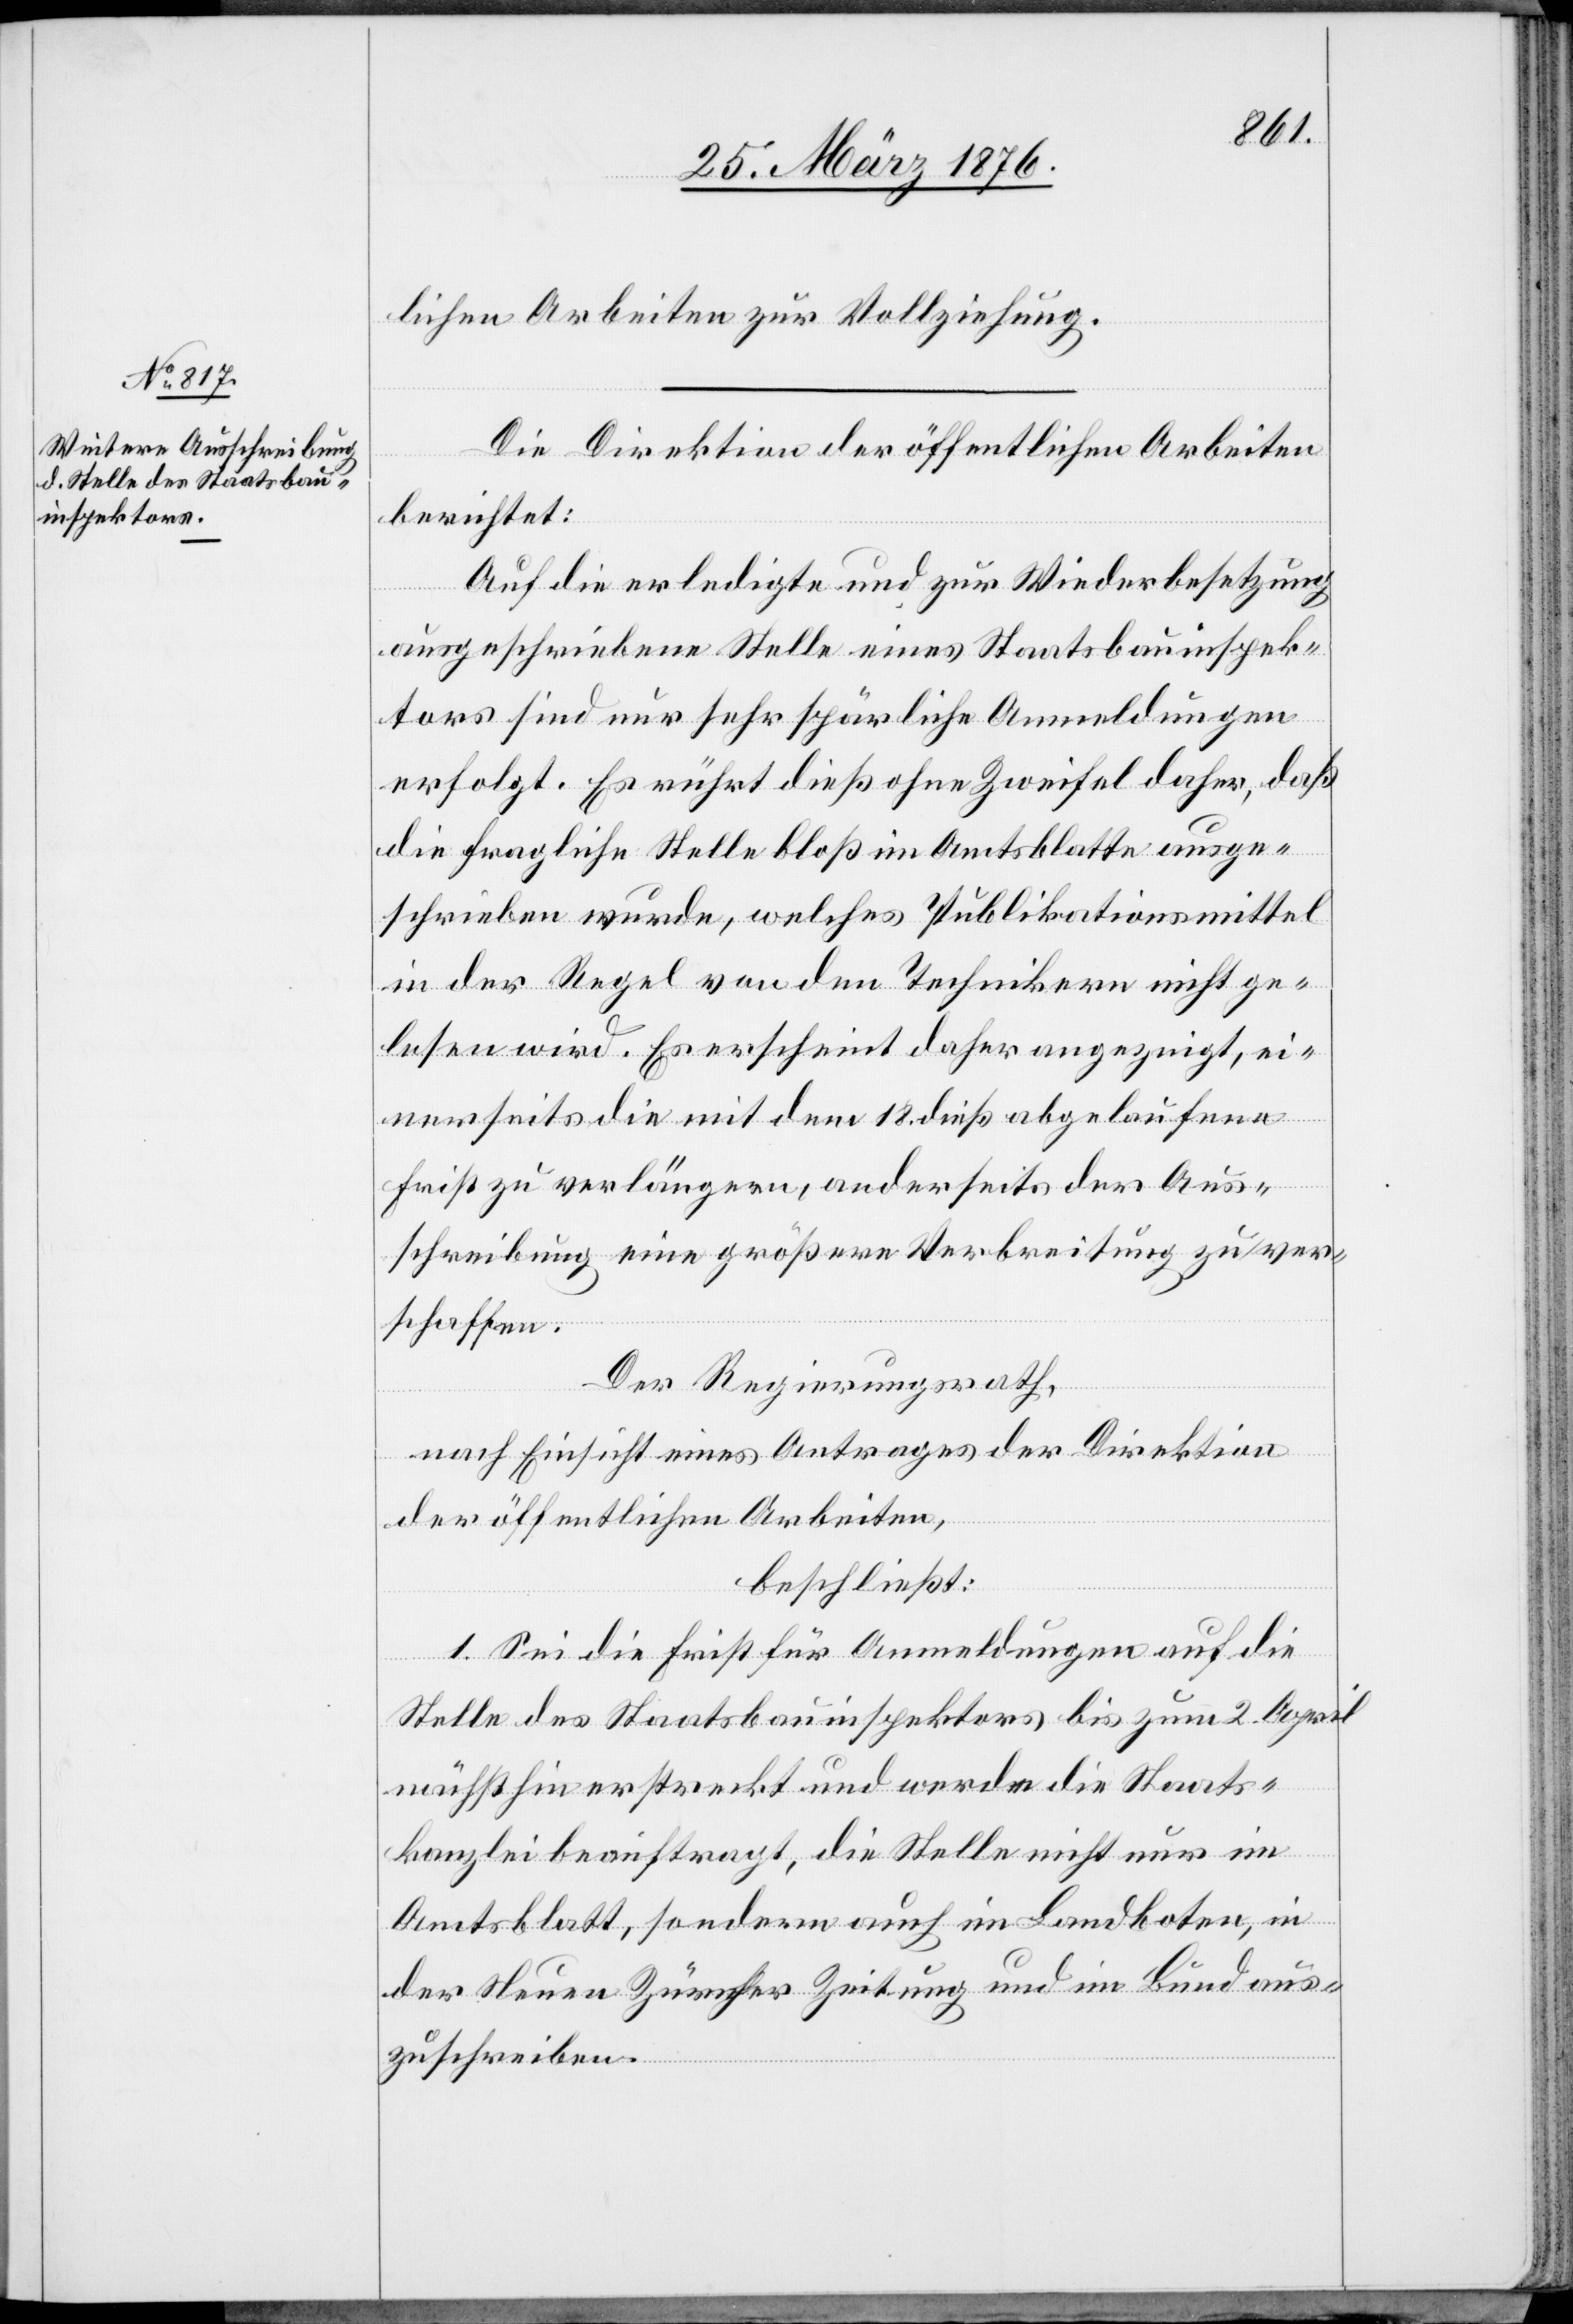
lichen Arbeiten zur Vollziehung.
Die Direktion der öffentlichen Arbeiten
berichtet:
Auf die erledigte und zur Wiederbesetzung
ausgeschriebene Stelle eines Staatsbauinspek¬
tors sind nur sehr spärliche Anmeldungen
erfolgt. Es rührt dieß ohne Zweifel daher, daß
die fragliche Stelle bloß im Amtsblatte ausge¬
schrieben wurde, welches Publikationsmittel
in der Regel von den Technikern nicht ge¬
lesen wird. Es erscheint daher angezeigt, ei¬
nerseits die mit dem 18. dieß abgelaufene
Frist zu verlängern, anderseits der Aus¬
schreibung eine größere Verbreitung zu ver¬
schaffen.
Der Regierungsrath,
nach Einsicht eines Antrages der Direktion
der öffentlichen Arbeiten,
beschließt:
1. Sei die Frist für Anmeldungen auf die
Stelle des Staatsbauinspektors bis zum 2. April
nächsthin erstreckt und werde die Staats¬
kanzlei beauftragt, die Stelle nicht nur im
Amtsblatt, sondern auch im Landboten, in
der Neuen Zürcher Zeitung und im Bund aus¬
zuschreiben.